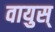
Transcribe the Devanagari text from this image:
वायुस्